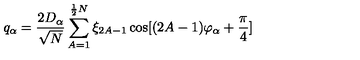
q _ { \alpha } = \frac { 2 D _ { \alpha } } { \sqrt { N } } \sum _ { A = 1 } ^ { \frac { 1 } { 2 } N } \xi _ { 2 A - 1 } \cos [ ( 2 A - 1 ) \varphi _ { \alpha } + \frac { \pi } { 4 } ]